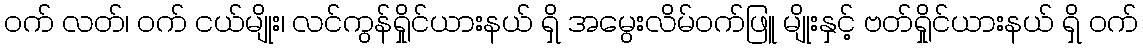
ဝက် လတ်၊ ဝက် ငယ်မျိုး၊ လင်ကွန်ရှိုင်ယားနယ် ရှိ အမွေးလိမ်ဝက်ဖြူ မျိုးနှင့် ဗတ်ရှိုင်ယားနယ် ရှိ ဝက်